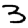
Digit: 3